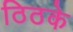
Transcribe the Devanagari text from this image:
ठिठके